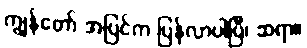
ကျွန်တော် အပြင်က ပြန်လာပါပြီ၊ ဆရာ။